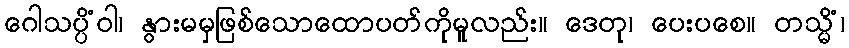
ဂေါသပ္ပိံဝါ၊ နွားမမှဖြစ်သောထောပတ်ကိုမူလည်း။ ဒေတု၊ ပေးပစေ။ တသ္မိံ၊